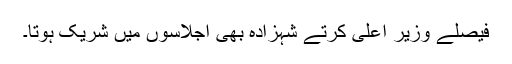
فیصلے وزیر اعلیٰ کرتے شہزادہ بھی اجلاسوں میں شریک ہوتا۔